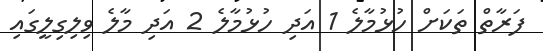
ފަރާތް ތަކަށް ހުޅުމާލެ 1 އަދި ހުޅުމާލެ 2 އަދި މާލެ ވިލިގިލީގައި